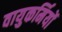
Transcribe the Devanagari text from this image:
वायुकर्मियों